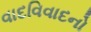
વાદવિવાદનો